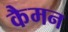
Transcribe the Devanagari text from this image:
कैमन